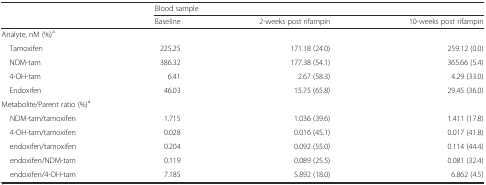
| <ROWSPAN=2>  | <COLSPAN=3> Blood sample |
 | Baseline | 2-weeks post rifampin | 10-weeks post rifampin |
 | --- | --- | --- | --- |
 | Analyte, nM (%)a |  |  |  |
 | Tamoxifen | 225.25 | 171.18 (24.0) | 259.12 (0.0) |
 | NDM-tam | 386.32 | 177.38 (54.1) | 365.66 (5.4) |
 | 4-OH-tam | 6.41 | 2.67 (58.3) | 4.29 (33.0) |
 | Endoxifen | 46.03 | 15.75 (65.8) | 29.45 (36.0) |
 | <COLSPAN=4> Metabolite/Parent ratio (%)a |
 | NDM-tam/tamoxifen | 1.715 | 1.036 (39.6) | 1.411 (17.8) |
 | 4-OH-tam/tamoxifen | 0.028 | 0.016 (45.1) | 0.017 (41.8) |
 | endoxifen/tamoxifen | 0.204 | 0.092 (55.0) | 0.114 (44.4) |
 | endoxifen/NDM-tam | 0.119 | 0.089 (25.5) | 0.081 (32.4) |
 | endoxifen/4-OH-tam | 7.185 | 5.892 (18.0) | 6.862 (4.5) |